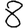
Digit: 8